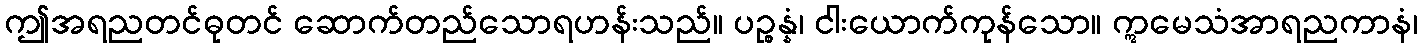
ဤအရညတင်ဓုတင် ဆောက်တည်သောရဟန်းသည်။ ပဉ္စန္နံ၊ ငါးယောက်ကုန်သော။ ဣမေသံအာရညကာနံ၊